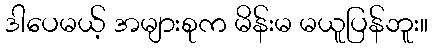
ဒါပေမယ့် အများစုက မိန်းမ မယူပြန်ဘူး။